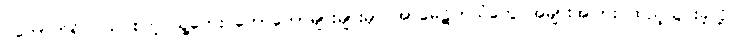
ပိတောက်ရိပ်ဝယ် စတဲ့ သူ့တေး တော်တော်များများမှာ အာမေဋိတ်သံတွေ အများအပြား ထည့်သွင်းခဲ့လို့